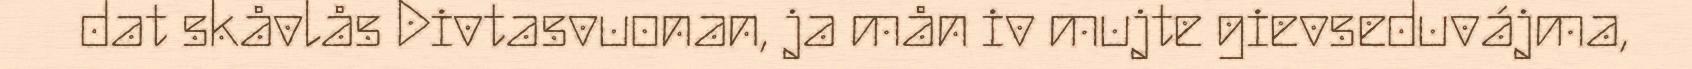
dat skåvlås Divtasvuonan, ja mån iv mujte gievseduvájma,